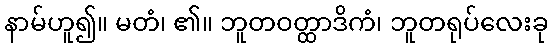
နာမ်ဟူ၍။ မတံ၊ ၏။ ဘူတဝတ္ထာဒိကံ၊ ဘူတရုပ်လေးခု